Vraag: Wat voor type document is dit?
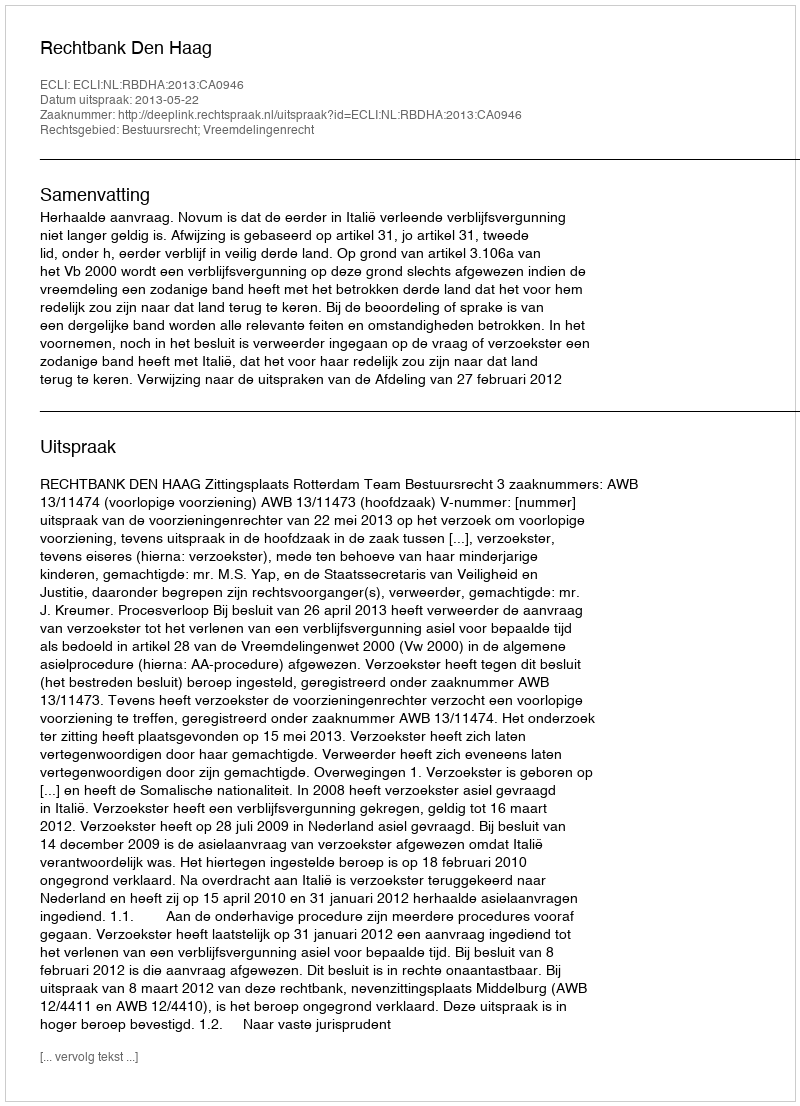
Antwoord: Uitspraak